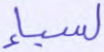
لسبإ